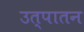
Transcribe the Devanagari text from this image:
उत्पातन